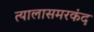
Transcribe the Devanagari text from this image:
त्यालासमरकंद